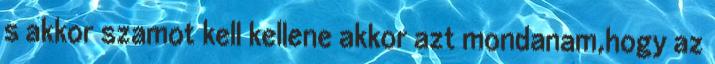
s akkor szamot kell kellene akkor azt mondanam,hogy az